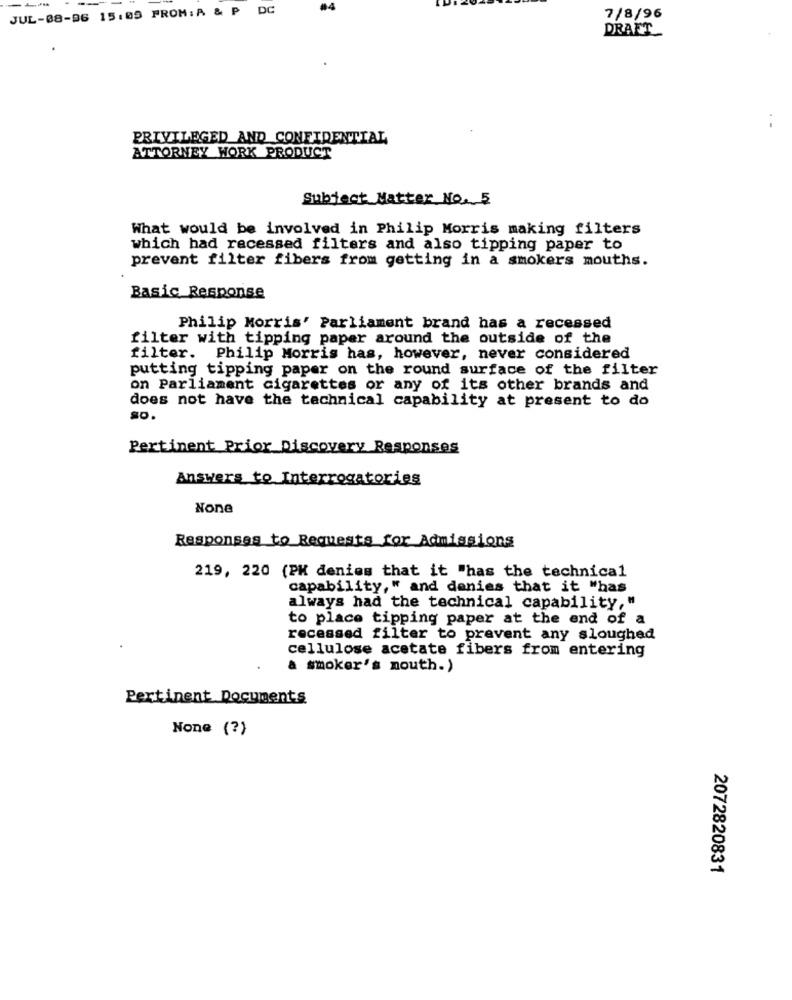
JUL-08-96 15:05 FROM: A & P DC
#4
7/8/96
DRAFT
PRIVILEGED AND CONFIDENTIAL
ATTORNEY WORK PRODUCT
Subject Matter No. 5
What would be involved in Philip Morris making filters
which had recessed filters and also tipping paper to
prevent filter fibers from getting in a smokers mouths.
Basic Response
Philip Morris' Parliament brand has a recessed
filter with tipping paper around the outside of the
filter. Philip Morris has, however, never considered
putting tipping paper on the round surface of the filter
on Parliament cigarettes or any of its other brands and
does not have the technical capability at present to do
SO.
Pertinent Prior Discovery Responses
Answers to Interrogatories
Responses to Requests for Admissions
219, 220 (PK denies that it "has the technical
capability," and denies that it "has
always had the technical capability,"
to place tipping paper at the end of a
recessed filter to prevent any sloughed
cellulose acetate fibers from entering
a smoker's mouth.)
Pertinent Documents
None (?)
2072820831